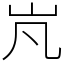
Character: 㞩